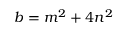
b = m ^ { 2 } + 4 n ^ { 2 }